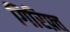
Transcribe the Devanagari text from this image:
गिरिफ़्त